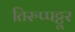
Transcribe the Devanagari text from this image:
तिरुप्पट्टूर